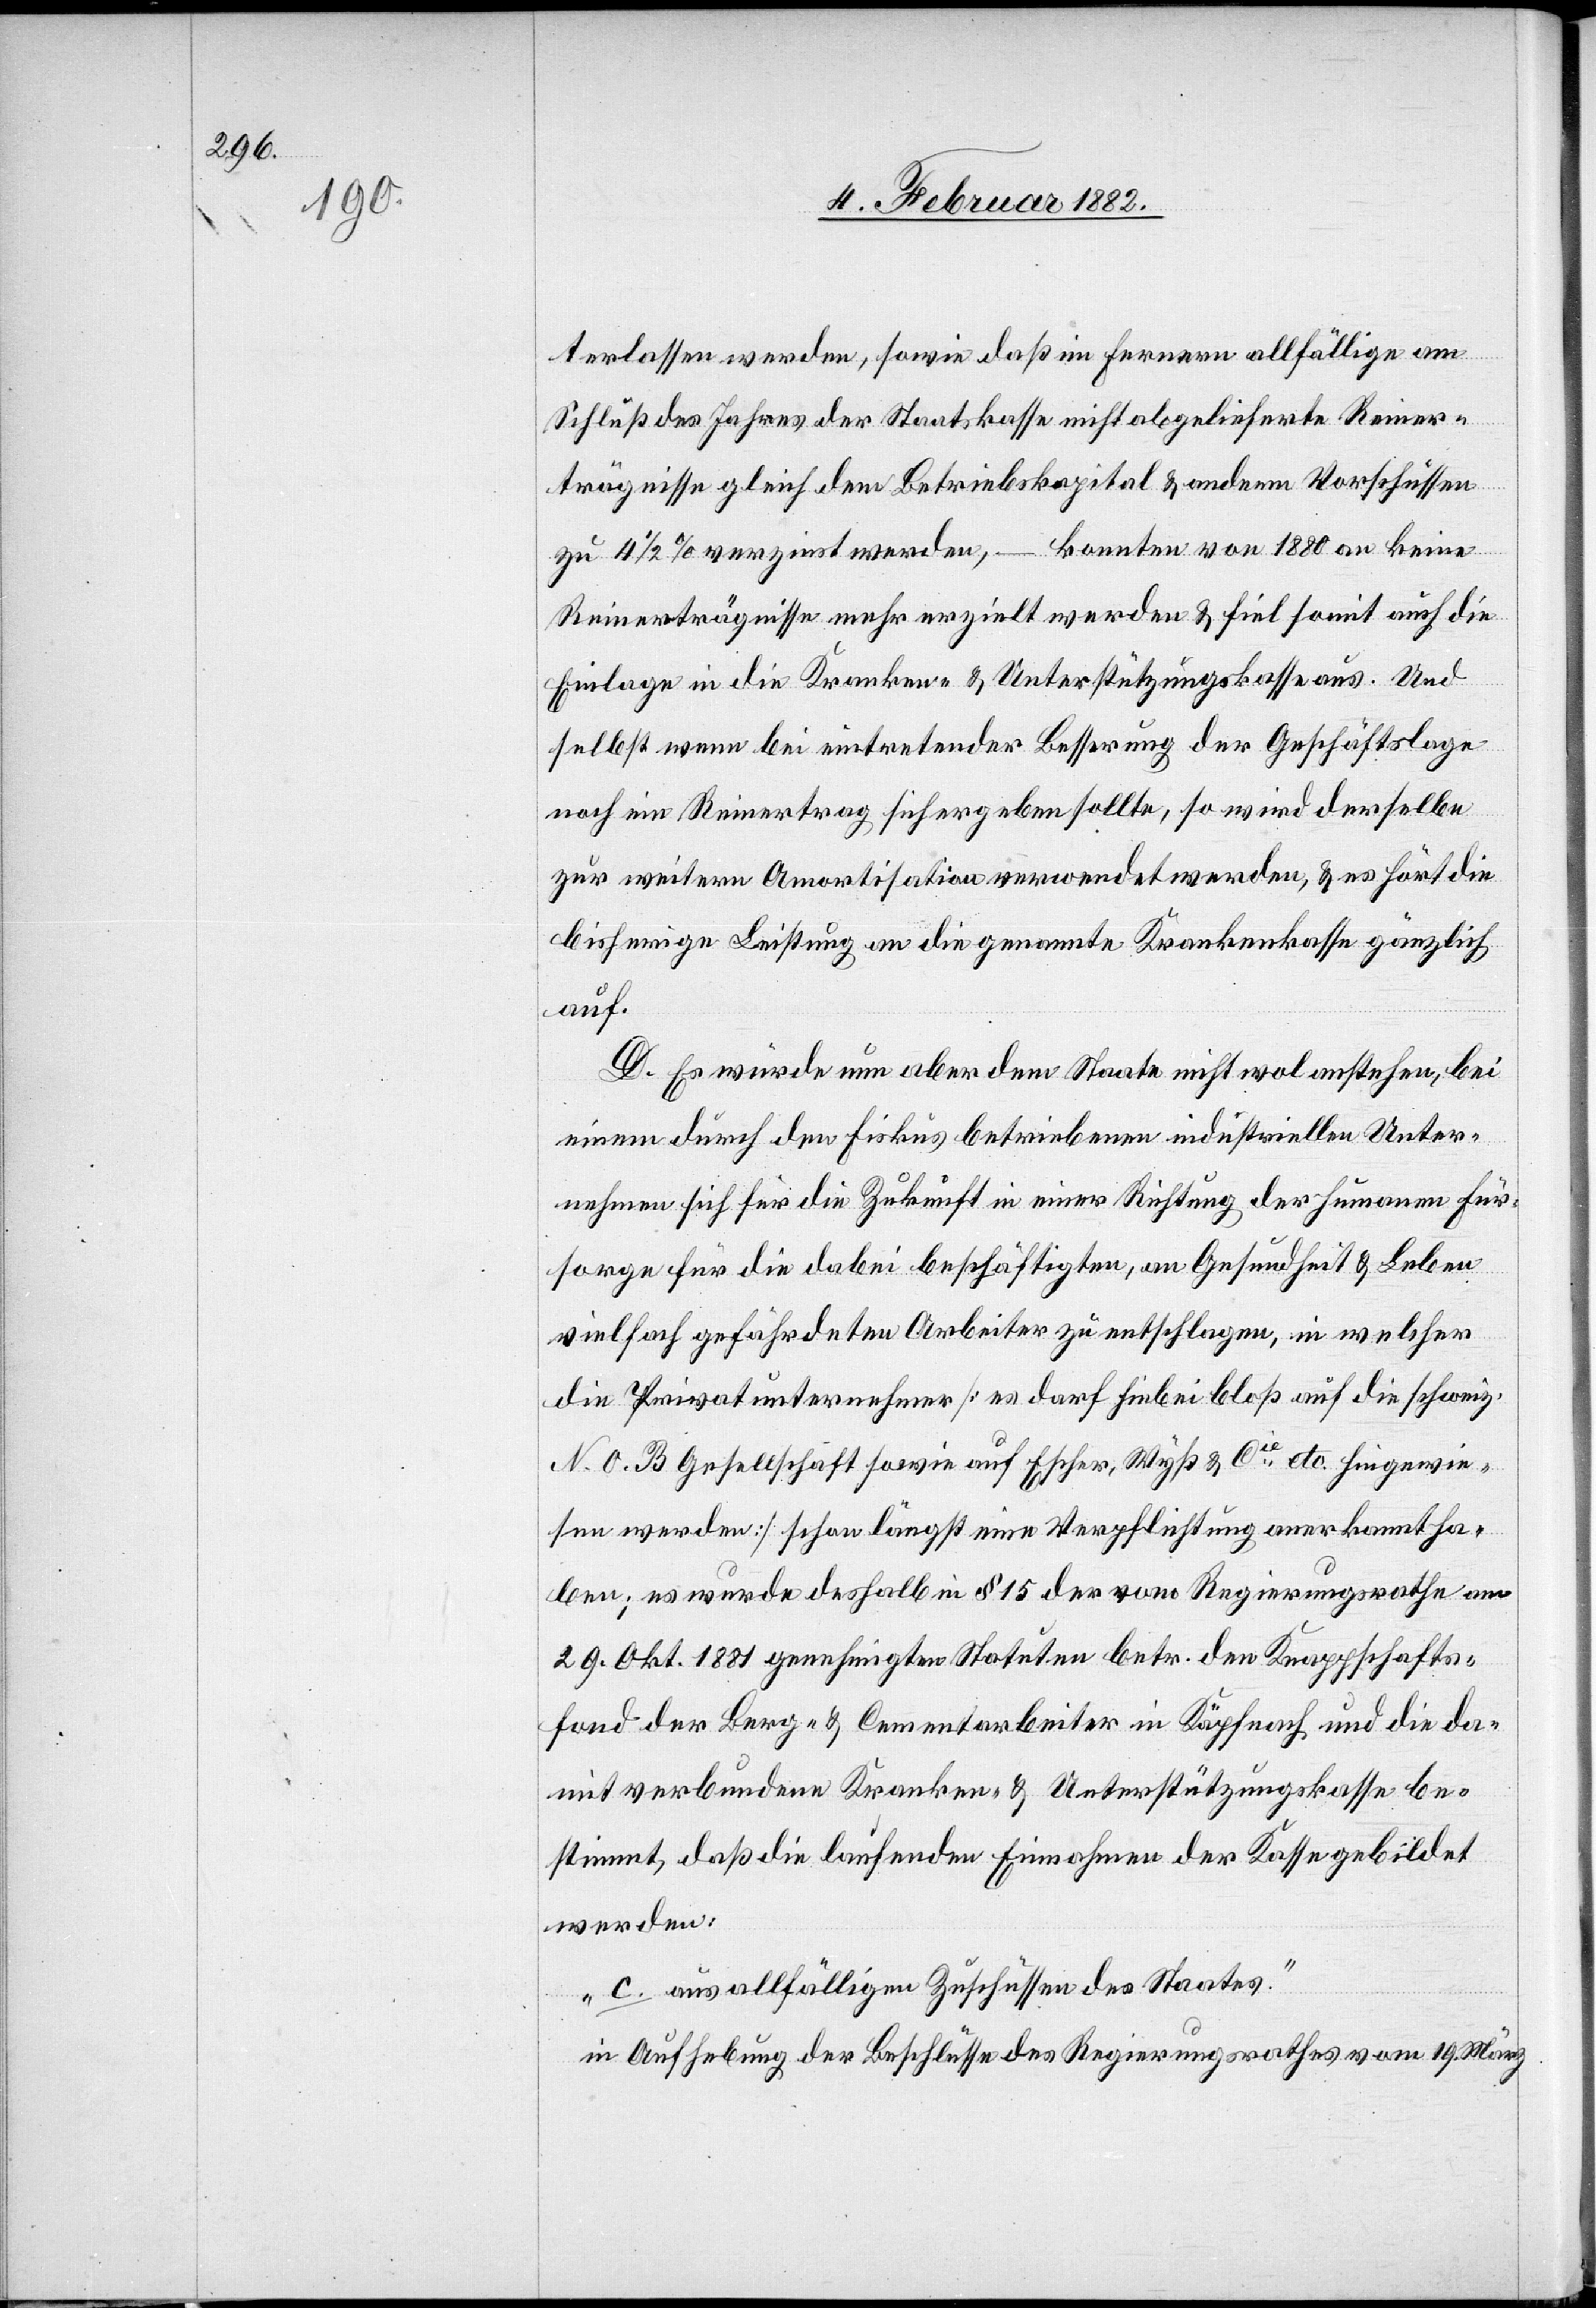
terlassen werden, sowie daß im ferneren allfällige am
Schluß des Jahres der Staatskasse nicht abgelieferte Reiner¬
trägnisse gleich dem Betriebskapital & an den Vorschüssen
zu 4 1/4% verzinst werden, – konnten von 1880 an keine
Reinerträgnisse mehr erzielt werden & fiel somit auch die
Einlage in die Kranken- & Unterstützungskasse aus. Und
selbst wenn bei eintretender Besserung der Geschäftslage
noch ein Reinertrag sich ergeben sollte, so wird derselbe
zur weiteren Amortisation verwendet werden, & es hört die
bisherige Leistung an die genannte Krankenkasse gänzlich
auf.
D. Es würde nun aber dem Staate nicht wol anstehen, bei
einem durch den Fiskus betriebenen industriellen Unter¬
nehmen sich für die Zukunft in einer Richtung der humanen Für¬
sorge für die dabei beschäftigten, an Gesundheit & Leben
vielfach gefährdeten Arbeiter zu entschlagen, in welcher
die Privatunternehmer [es darf hiebei bloß auf die schweiz.
N. O. B Gesellschaft sowie auf Escher, Wyß & Cie etc. hingewie¬
sen werden] schon längst eine Verpflichtung anerkannt ha¬
ben; es wurde deshalb in § 15 der vom Regierungsrathe am
29. Okt. 1881 genehmigten Statuten betr. den Knappschaft¬
en der Berg- & Cemmentarbeiter in Käpfnach und die da¬
mit verbundene Kranken- & Unterstützungskasse be¬
stimmt, daß die laufenden Einnahmen der Kasse gebildet
werden:
„c. aus allfälligen Zuschüssen de Staates.“
in Aufhebung der Beschlüsse des Regierungsrathes vom 19. März